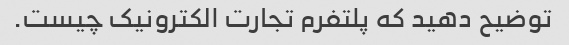
توضیح دهید که پلتفرم تجارت الکترونیک چیست.